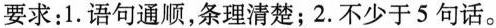
要求:1.语句通顺,条理清楚;2.不少于5句话。